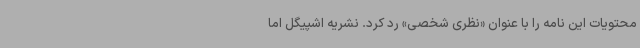
محتویات این نامه را با عنوان «نظری شخصی» رد کرد. نشریه اشپیگل اما